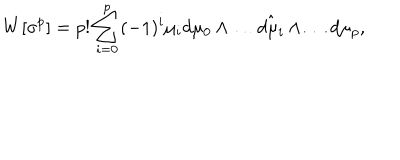
W [ \sigma ^ { p } ] = p ! \sum _ { i = 0 } ^ { p } ( - 1 ) ^ { i } \mu _ { i } d \mu _ { 0 } \wedge \dots \hat { d \mu _ { i } } \wedge \dots d \mu _ { p } ,